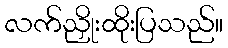
လက်ညှိုးထိုးပြသည်။